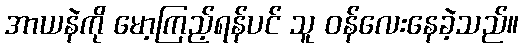
အာယနဲကို မော့ကြည့်ရန်ပင် သူ ဝန်လေးနေခဲ့သည်။